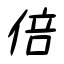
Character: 倍